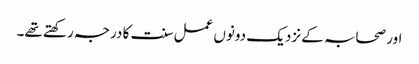
اور صحابہ کے نزدیک دونوں عمل سنت کا درجہ رکھتے تھے۔